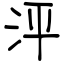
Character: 泙